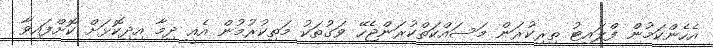
އެހެންކަމުން ފްލައިޓު ތިރިކުރަން މަސައްކަތްކުރަންޖެހޭ ވަގުތަކު މަތިކުރުމުން އެއީ ދިމާ އިދިކޮޅަށް ކޮށްފައިވާ